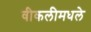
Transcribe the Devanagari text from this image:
वीकलीमधले